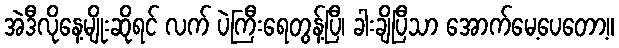
အဲဒီလိုနေ့မျိုးဆိုရင် လက် ပဲကြီးရေတွန့်ပြီ၊ ခါးချိပြီသာ အောက်မေ့ပေတော့။